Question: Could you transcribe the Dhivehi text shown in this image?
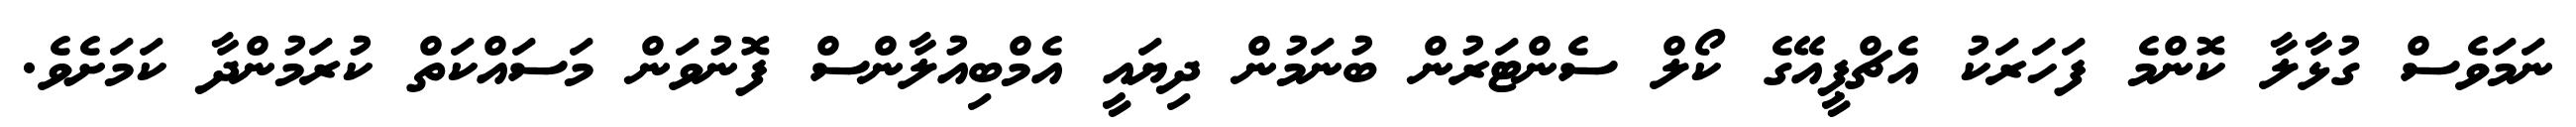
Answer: ނަމަވެސް ގުޅާލާ ކޮންމެ ފަހަރަކު އެޗްޕީއޭގެ ކޯލް ސެންޓަރުން ބުނަމުން ދިޔައީ އެމްބިއުލާންސް ފޮނުވަން މަސައްކަތް ކުރަމުންދާ ކަމަށެވެ.